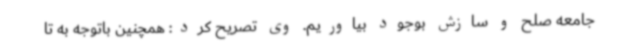
جامعه صلح و سازش بوجود بیاوریم. وی تصریح کرد: همچنین باتوجه به تا